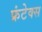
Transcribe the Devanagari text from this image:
फ्रंटेक्स